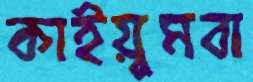
কাইয়ুমবা